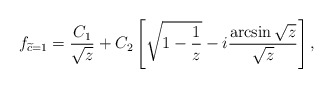
\begin{align*}f_{\widetilde c = 1} = \frac{C_1}{\sqrt{z}} + C_2 \left[ \sqrt{1-\frac{1}{z}} - i \frac{\arcsin{\sqrt{z}}}{\sqrt{z}}\right],\end{align*}